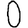
Digit: 0